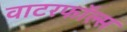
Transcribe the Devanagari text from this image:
वाटरफॉल्स